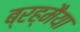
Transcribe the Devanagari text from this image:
ब्रह्मैया